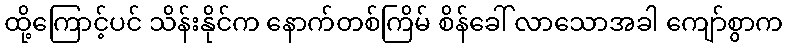
ထို့ကြောင့်ပင် သိန်းနိုင်က နောက်တစ်ကြိမ် စိန်ခေါ် လာသောအခါ ကျော်စွာက